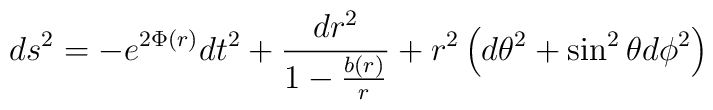
ds^{2} = -e^{2\Phi (r)} dt^{2} + \frac{dr^{2}}{1 - \frac{b(r)}{r}} +r^{2}\left ( d\theta^{2} + \sin^{2} \theta d\phi^{2}\right )